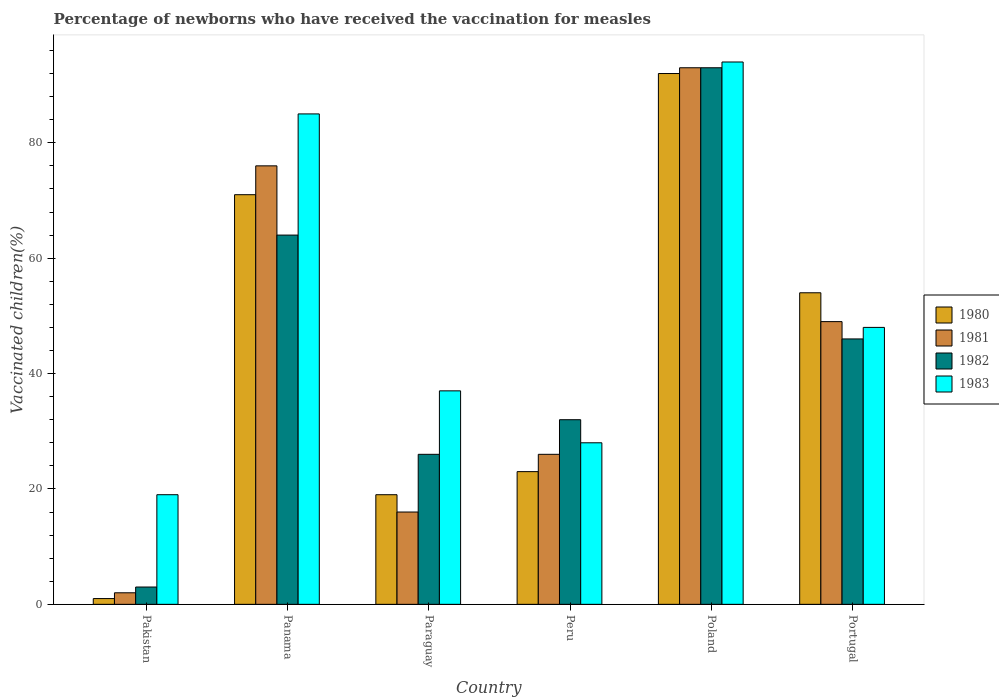
| Country | 1980 | 1981 | 1982 | 1983 |
 | --- | --- | --- | --- | --- |
 | Pakistan | 1 | 2 | 3 | 19 |
 | Panama | 71 | 76 | 64 | 85 |
 | Paraguay | 19 | 16 | 26 | 37 |
 | Peru | 23 | 26 | 32 | 28 |
 | Poland | 92 | 93 | 93 | 94 |
 | Portugal | 54 | 49 | 46 | 48 |